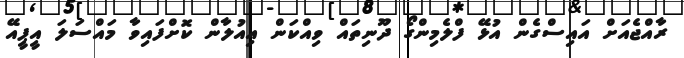
ރާއްޖެއަށް އައިސްގެން އުޅޭ ފްލެމިންގޯ ދޫނިތައް ވިއްކަން އިއުލާން ކޮށްފައިވާ މައްސަލަ އީޕީއޭ